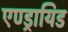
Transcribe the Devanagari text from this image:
एण्ड्रायिड